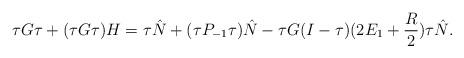
LaTeX: \begin{align*}\tau G\tau+(\tau G\tau)H=\tau\hat N+(\tau P_{-1}\tau)\hat N-\tau G(I-\tau)(2E_1+\frac{R}{2})\tau\hat N.\end{align*}